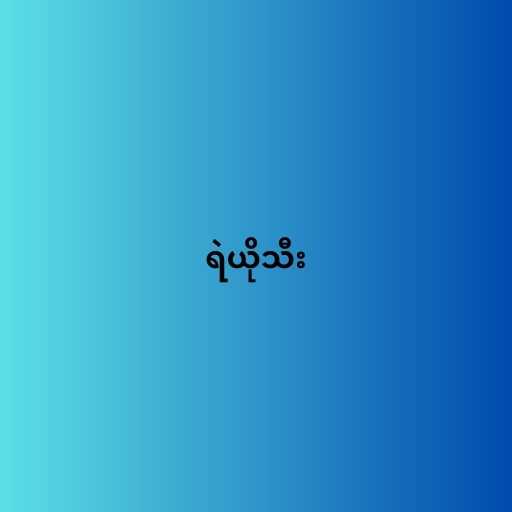
ရဲယိုသီး